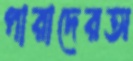
পারাদেরঅ